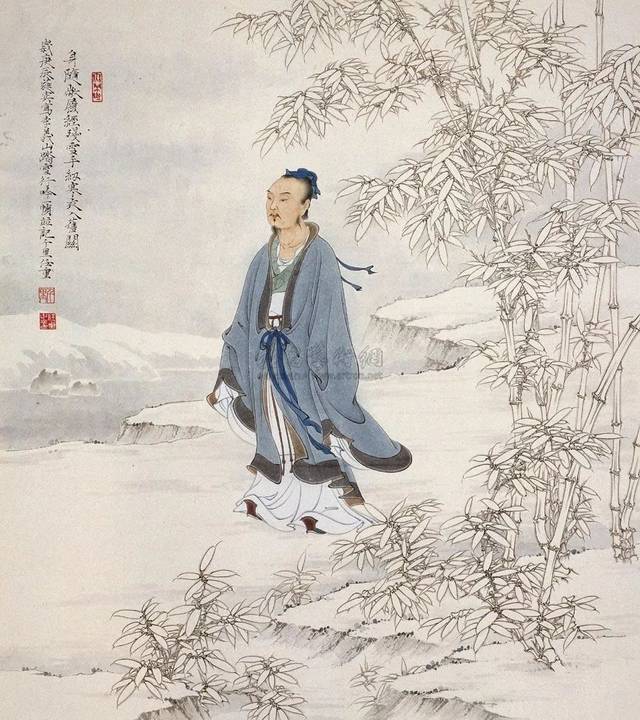
天意怜幽草，人间重晚晴。